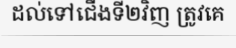
ដល់ទៅជើងទី២វិញ ត្រូវគេ